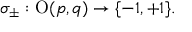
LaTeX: \sigma _ { \pm } : \operatorname { O } ( p , q ) \to \{ - 1 , + 1 \} .